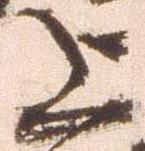
上